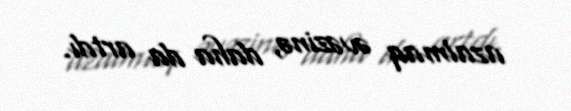
azalmaq əvəzinə, daha da artdı.